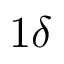
1 \delta